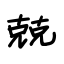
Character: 兢